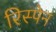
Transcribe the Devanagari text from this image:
रिस्पेन